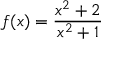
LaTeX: f ( x ) = { \frac { x ^ { 2 } + 2 } { x ^ { 2 } + 1 } }